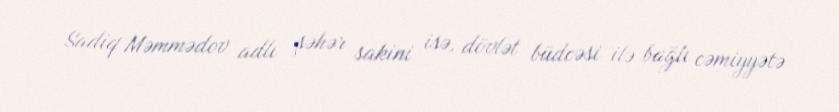
Sadiq Məmmədov adlı şəhər sakini isə, dövlət büdcəsi ilə bağlı cəmiyyətə